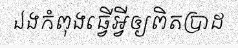
ឯងកំពុងធ្វើអ្វីឲ្យពិតប្រាដ